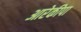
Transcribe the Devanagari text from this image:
आरेकीपा